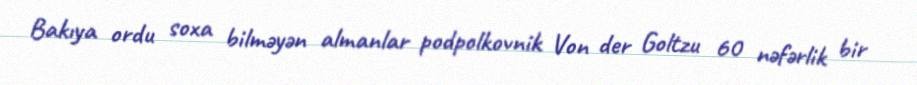
Bakıya ordu soxa bilməyən almanlar podpolkovnik Von der Goltzu 60 nəfərlik bir